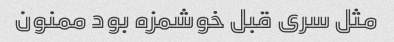
مثل سری قبل خوشمزه بود ممنون